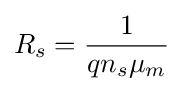
R_{s}={\frac {1}{qn_{s}\mu _{m}}}